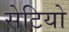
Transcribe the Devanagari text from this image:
सेटियो